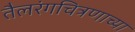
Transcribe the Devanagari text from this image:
तैलरंगचित्रणाच्या